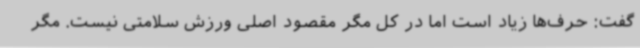
گفت: حرف‌ها زیاد است اما در کل مگر مقصود اصلی ورزش سلامتی نیست. مگر